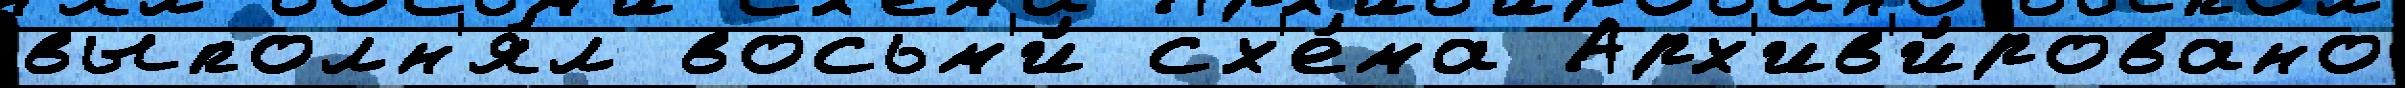
выполн'я́л восьм'и́ сх'е́ма Арх'ив'и́ровано